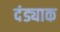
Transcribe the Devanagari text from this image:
दंड्याक